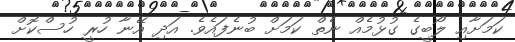
ކަމަށާއި ލޯބީގެ ގުޅުމެއް ނެތް ކަމަށް ބުނެފައެވެ. އަދި އޭނާ ހުރީ ހުސްކޮށް